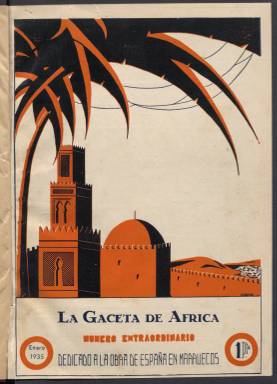
Título: La Gaceta de África
Colección: Periódicos
Ámbito geográfico: Marruecos
Lugar de publicación: Tetuán
Fechas: 01/01/1935-17/07/1938